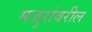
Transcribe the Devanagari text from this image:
मजुरांवरील